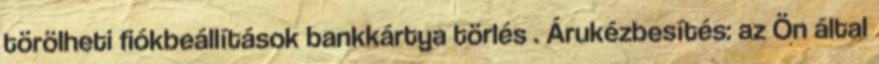
törölheti fiókbeállítások bankkártya törlés . Árukézbesítés: az Ön által